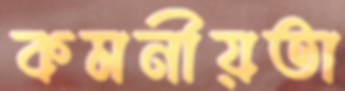
কমনীয়তা